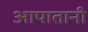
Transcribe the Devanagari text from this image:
आपातानी